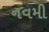
નવમી